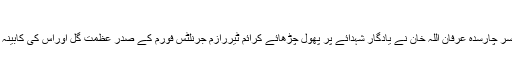
(ڈی پی او چارسدہ عرفان اللہ خان)
تفصیلات کے مطابق ڈسٹرکٹ پولیس آفیسر چارسدہ عرفان اللہ خان نے یادگار شہدائے پر پھول چڑھائے کرائم ٹیررازم جرنلٹس فورم کے صدر عظمت گل اوراس کی کابینہ نے بھی یادگار شہداء پر پھول چڑھائے۔